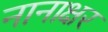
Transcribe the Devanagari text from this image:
नानाक्षर